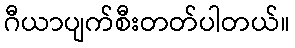
ဂီယာပျက်စီးတတ်ပါတယ်။